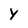
Character: Y